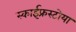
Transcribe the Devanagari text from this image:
स्काईफ्रस्टोया